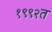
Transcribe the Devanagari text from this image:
१९९२त